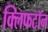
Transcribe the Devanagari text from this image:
क्लिफटॉन